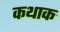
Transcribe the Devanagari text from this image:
कथाक